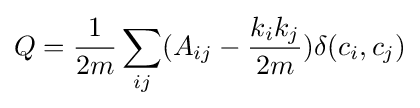
Q={\frac {1}{2m}}\sum _{ij}(A_{ij}-{\frac {k_{i}k_{j}}{2m}})\delta (c_{i},c_{j})